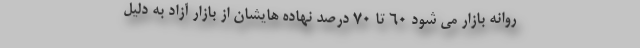
روانه بازار می شود ۶۰ تا ۷۰ درصد نهاده هایشان از بازار آزاد به دلیل